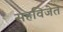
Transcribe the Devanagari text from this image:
सहविजेते